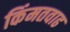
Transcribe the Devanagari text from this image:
किंमतवाढ